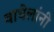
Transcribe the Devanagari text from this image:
वाघेलांनी